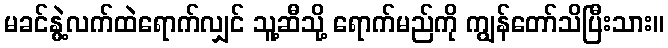
မခင်နွဲ့လက်ထဲရောက်လျှင် သူ့ဆီသို့ ရောက်မည်ကို ကျွန်တော်သိပြီးသား။